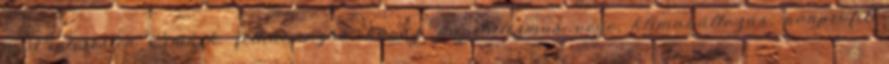
a Pinteresten Címkék: felhalmozás, káosz, kapitalizmus vége, klímaváltozás, nonprofit